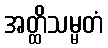
အတ္ထိသမ္မတံ